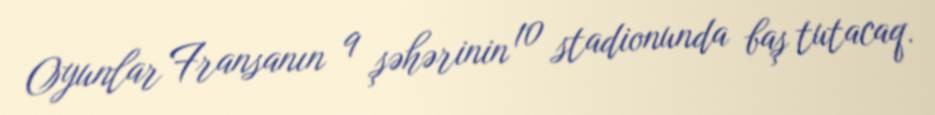
Oyunlar Fransanın 9 şəhərinin 10 stadionunda baş tutacaq.